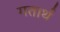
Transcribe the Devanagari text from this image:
गतार्थ